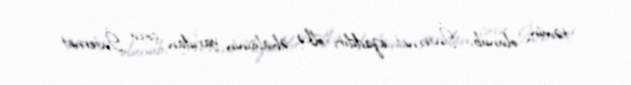
təmin olunub, İnternet azaddır, ölkə əhalisinin yarıdan çoxu İnternet